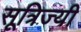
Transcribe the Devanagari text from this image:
सूत्रिज्यी